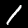
Digit: 1